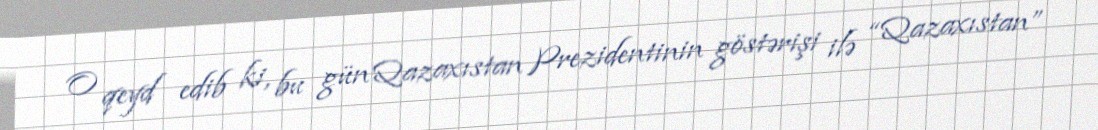
O qeyd edib ki, bu gün Qazaxıstan Prezidentinin göstərişi ilə “Qazaxıstan”